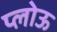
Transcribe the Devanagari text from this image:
प्लोऊ